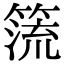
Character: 𥰤